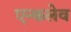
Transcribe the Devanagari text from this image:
एन्कलेव